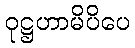
ဝုဋ္ဌဟာမိပိပေ